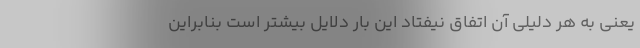
یعنی به هر دلیلی آن اتفاق نیفتاد این بار دلایل بیشتر است بنابراین